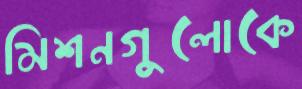
মিশনগুলোকে